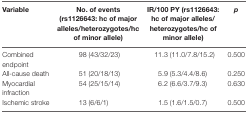
| Variable | No. of events (rs1126643: hc of major alleles/heterozygotes/hc of minor allele) | IR/100 PY (rs1126643: hc of major alleles/heterozygotes/hc of minor allele) | p |
 | --- | --- | --- | --- |
 | Combined endpoint | 98 (43/32/23) | 11.3 (11.0/7.8/15.2) | 0.500 |
 | All-cause death | 51 (20/18/13) | 5.9 (5.3/4.4/8.6) | 0.250 |
 | Myocardial infraction | 54 (25/15/14) | 6.2 (6.6/3.7/9.3) | 0.630 |
 | Ischemic stroke | 13 (6/6/1) | 1.5 (1.6/1.5/0.7) | 0.500 |